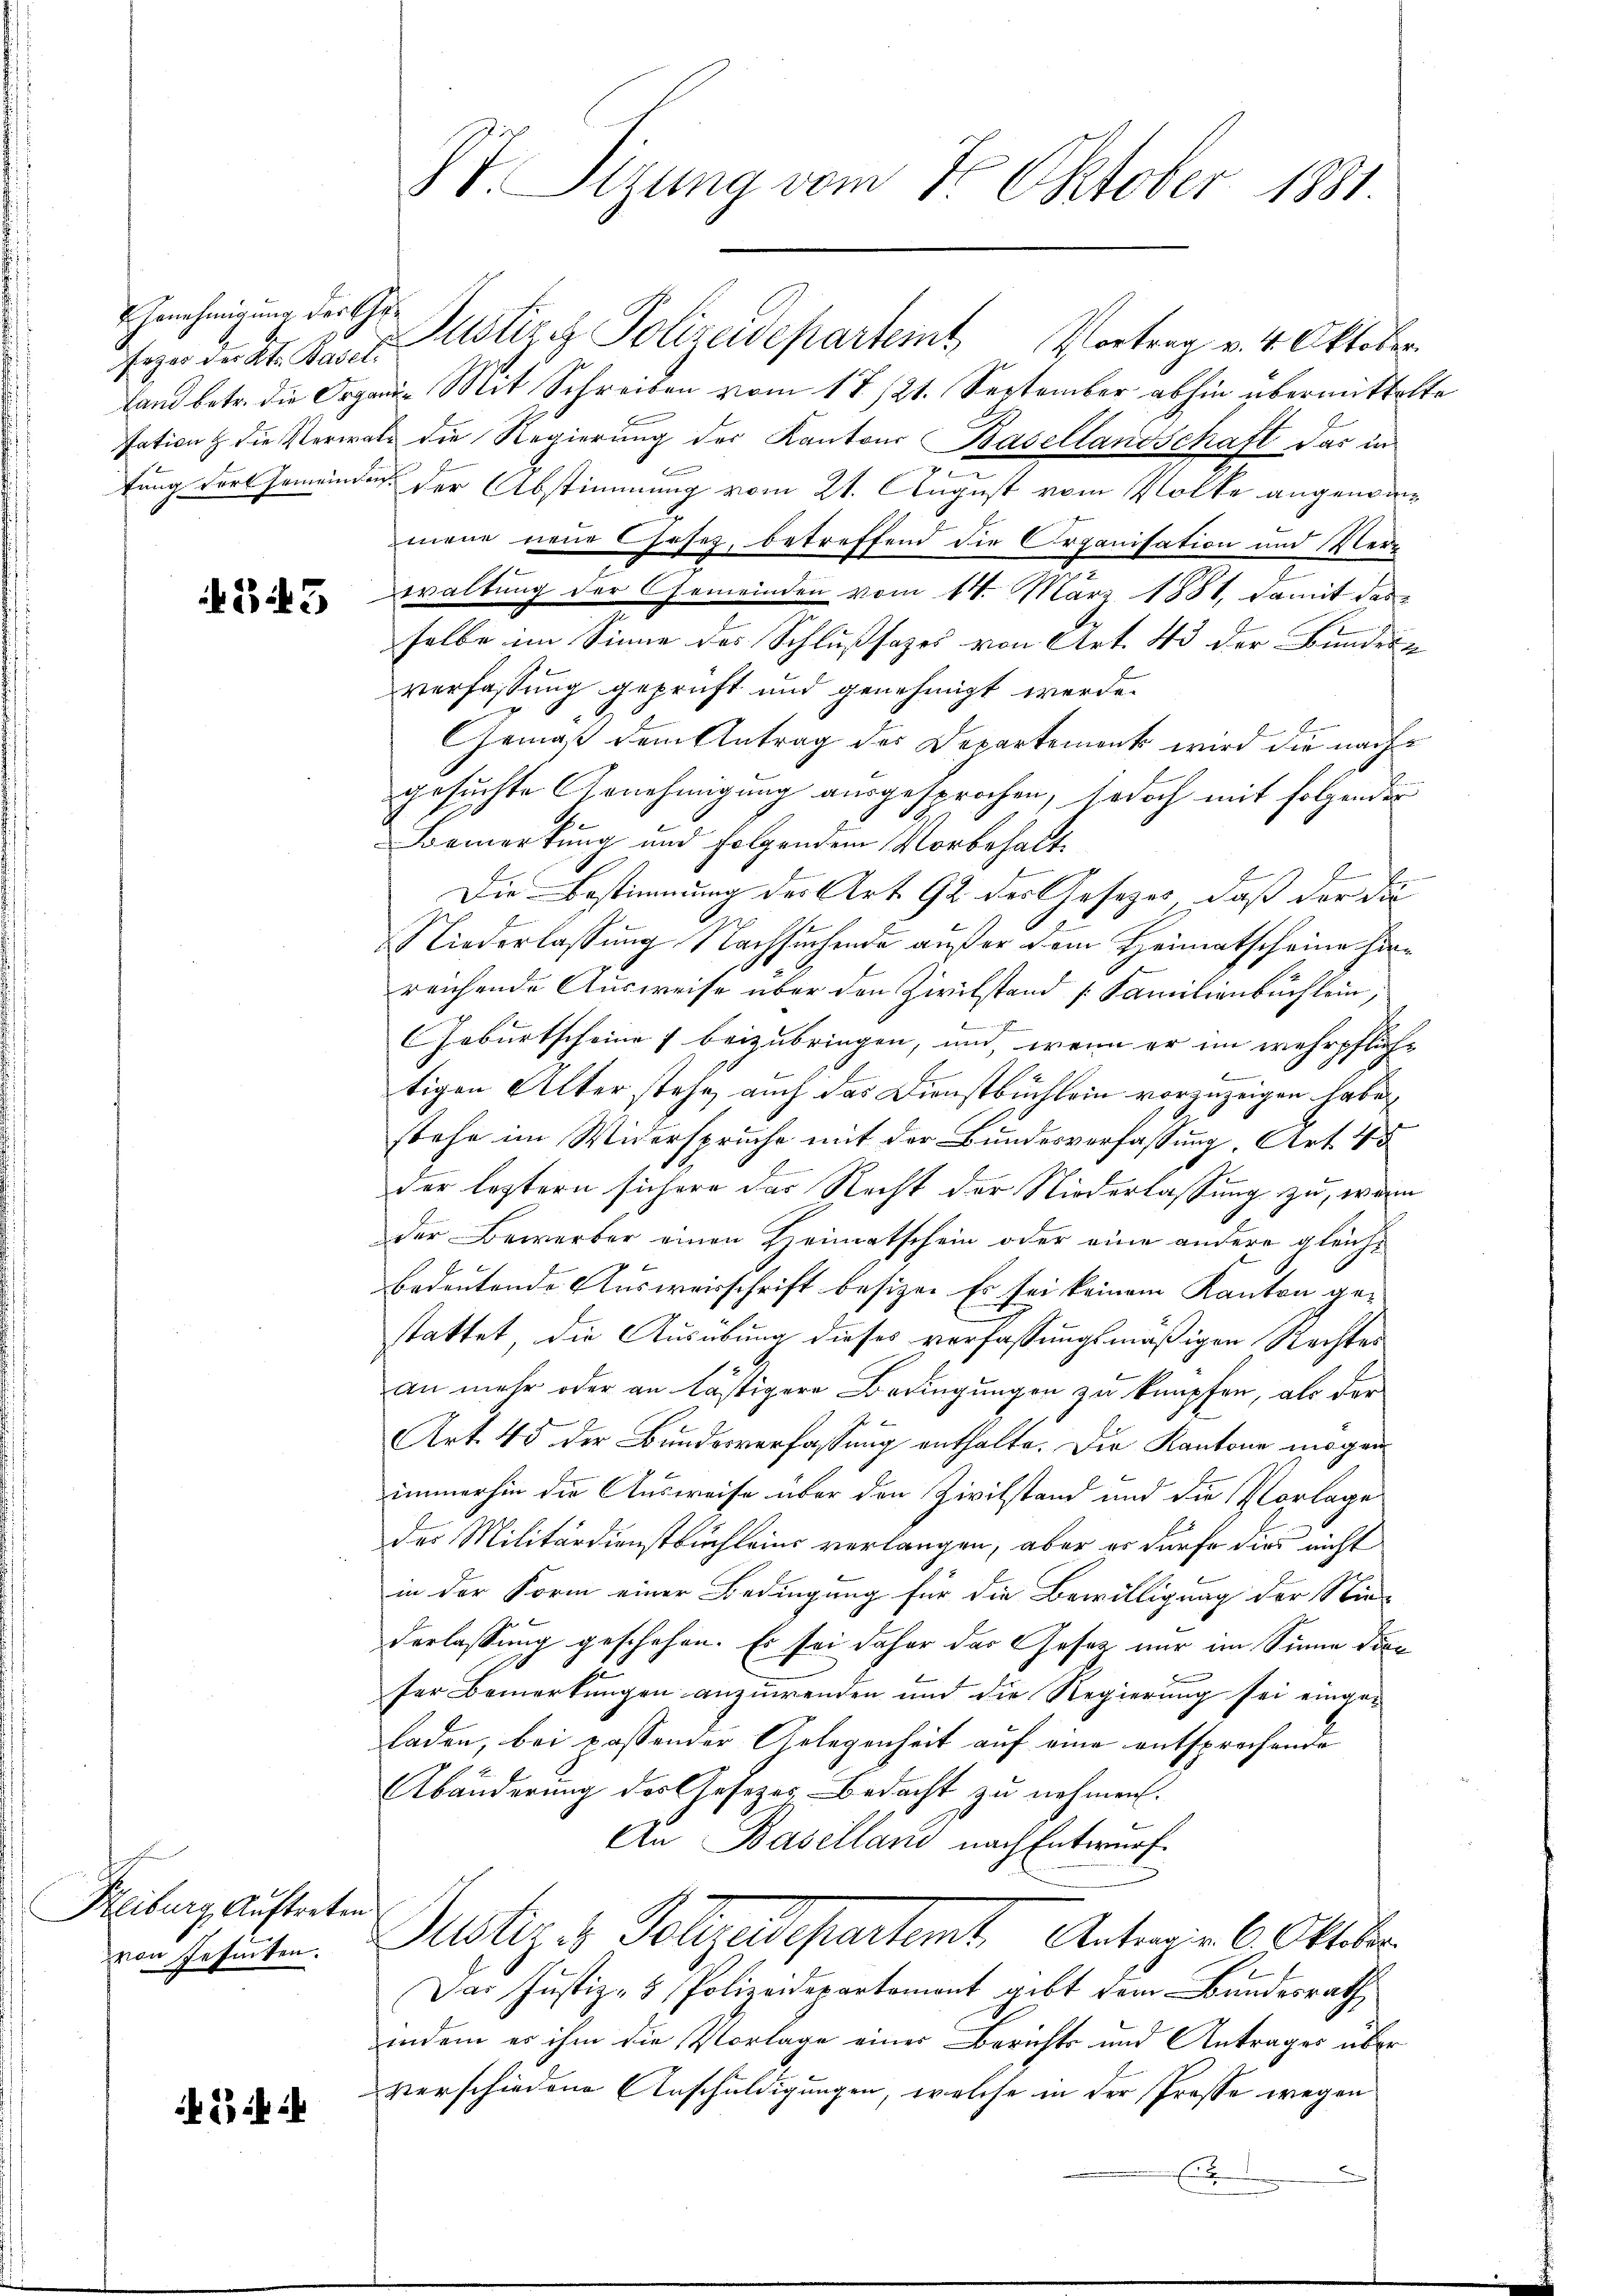
Genehmigung der Ge¬
Fogar der Kt. Basel

343

Heiburg, Auftreten
von Gesinten.

2) i

St. Sizung vom 7. Oktober 1881.

Justiz. Polizeidepartemt Vortrag v. 4. Oktober.
land betr. die Organi- Mit Schreiben vom 17./21. September abhin übermittelte
sation die Verwalt die Regierung der Kantons Basellandschaft das in
tung dort Gemeinde der Abstimmung vom 21. August vom Volke angenommene neue Coses, betreffend die Organisation und Verwaltung der Gemeinden vom 14. März 1881, damit das
selbe im Sinne des Schlußsazes von Art. 43 der Bundern
verfassung geprüft und genehmigt werde.
Gemäß dem Antrag des Departement wird die nachgesuchte Arnehmigung ausgesprochen, jedoch mit folgenden
Bemerkung und folgendem Vorbehalt
l
Die Bestimmung des Art. 92 des Gesetzes, daß der die
Niederlassung Nachsuchende außer dem Heimatscheine hinreichende Ausweise über den Zivilstand [Familienbuchlein,
.
Geburtscheines beizubringen, um, wenn er im wehrpfliche
d
tigen Alter stehe auch das Dienstbüchlein vorzuzeigen habe,
stehe im Widerspruche mit der Bundesverfassung, Art. 45
2
der leztern sichere das Recht der Niederlassung zu, wenn
der Bewerber einen Heimatschein oder eine andere gleichbedeutende Ausweisschrift besize. Es sei keinem Kanton gestattet, die Ausübung dieses verfassungsmäßigen Rechtes
an mehr oder an lästigere Beringungen zu knüpfen, als der
Art. 45 der Bundesverfassung enthalte. Die Kantone mögen
immerhin die Ausweise über den Zivilstand und die Vorlage
des Militärdienstbuchleins verlangen, aber es dürfe dies nicht
in der Form einer Bedingung für die Bewilligung der Nie-
derlassung geschehen. Es sei daher das Gesetz nur im Sinne den
ser Bemerkungen anzuwenden und die Regierung sei eingeladen, bei passender Gelegenheit auf eine entsprechende
Abänderung der Gesezes Bedacht zu nehmen.
An Baselland nach Entwurf.
Justiz & Polizeidepartemt Antragen 6. Oktober
Das Justiz- & Polizeidepartement gibt dem Bundesrath
indem er ihm die Vorlage einer Berichts und Antrages über
verschiedene Anschuldigungen, welche in der Prosse wegen

E